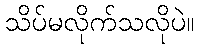
သိပ်မလိုက်သလိုပဲ။